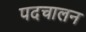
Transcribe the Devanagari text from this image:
पदचालन